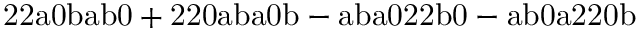
\mathrm { 2 2 a 0 b a b 0 + 2 2 0 a b a 0 b - a b a 0 2 2 b 0 - a b 0 a 2 2 0 b }